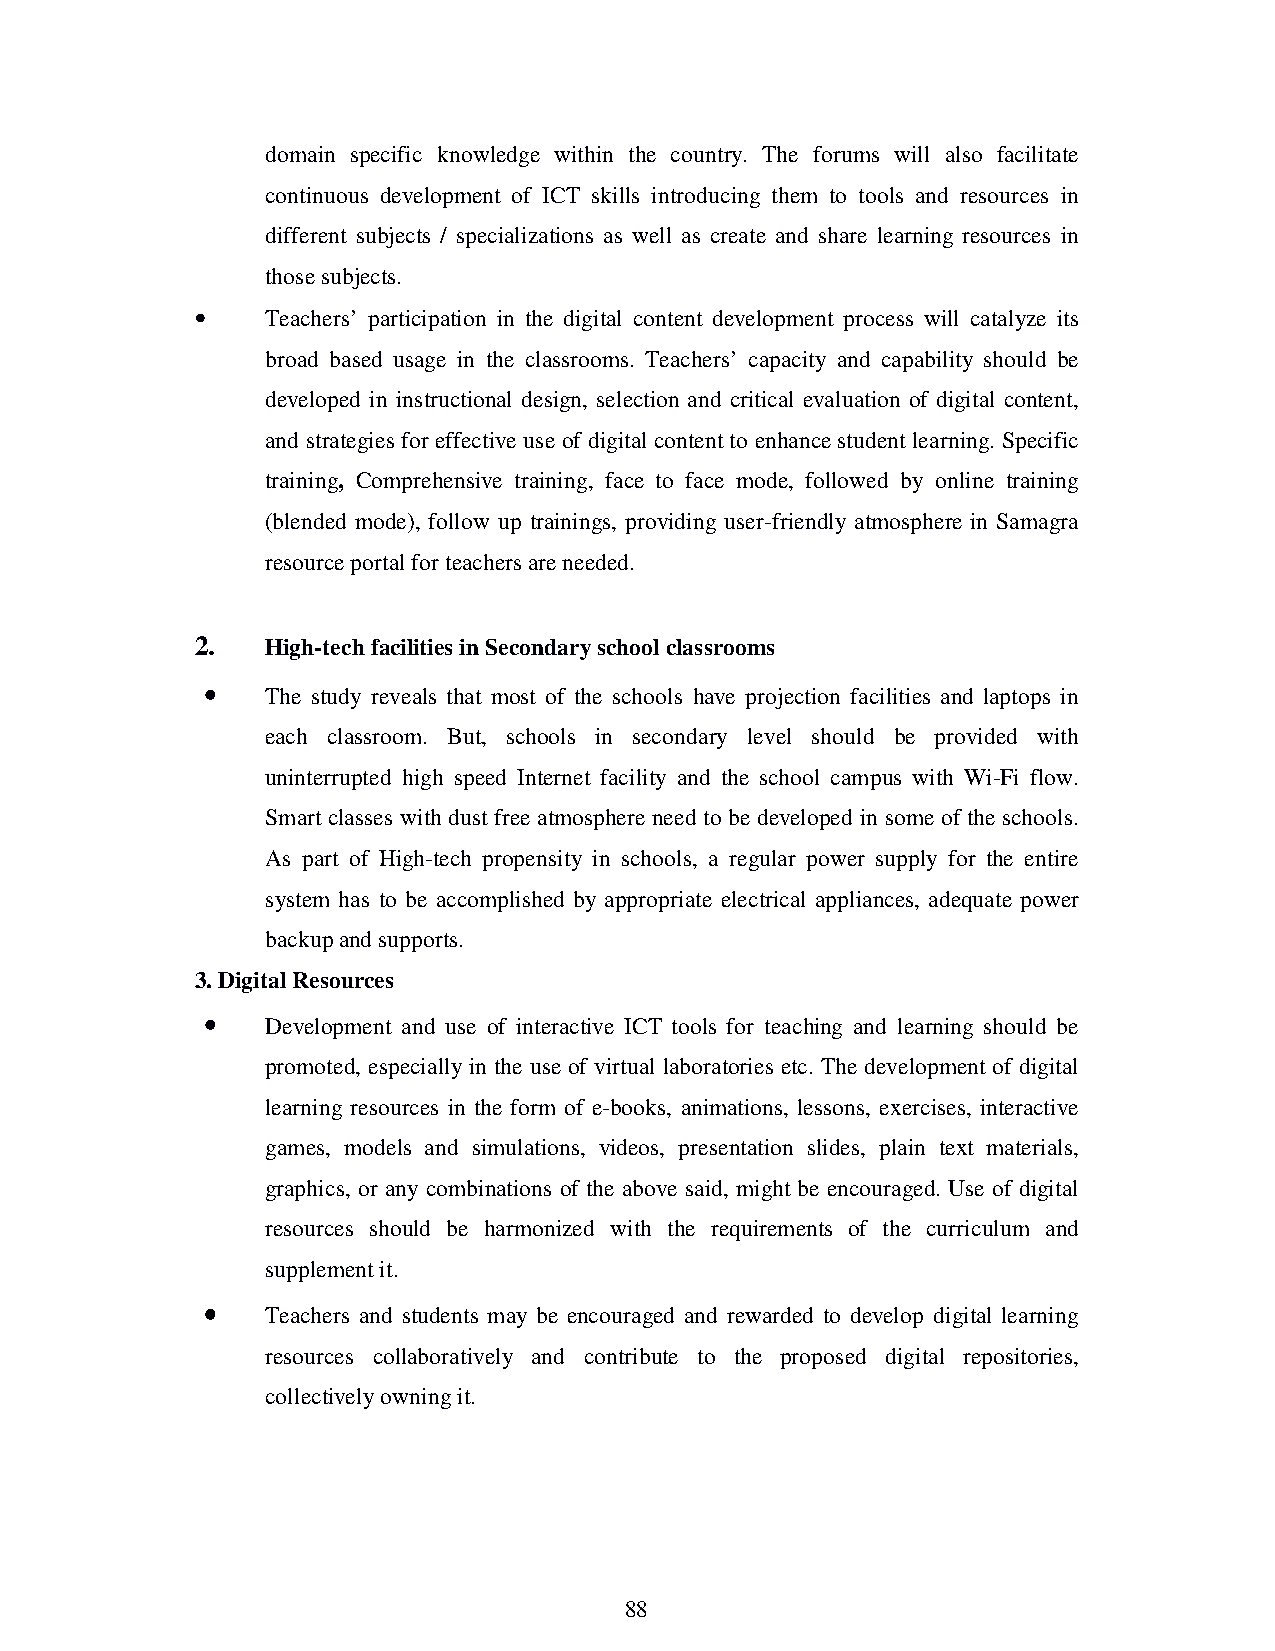
domain specific knowledge within the country. The forums will also facilitate
 continuous development of ICT skills introducing them to tools and resources in
 different subjects / specializations as well as create and share learning resources in
 those subjects.
 •    Teachers’ participation in the digital content development process will catalyze its
 broad based usage in the classrooms. Teachers’ capacity and capability should be
 developed in instructional design, selection and critical evaluation of digital content,
 and strategies for effective use of digital content to enhance student learning. Specific
 training, Comprehensive training, face to face mode, followed by online training
 (blended mode), follow up trainings, providing user-friendly atmosphere in Samagra
 resource portal for teachers are needed.
 2.   High-tech facilities in Secondary school classrooms
 ••••
 The study reveals that most of the schools have projection facilities and laptops in
 each classroom. But, schools in secondary level should be provided with
 uninterrupted high speed Internet facility and the school campus with Wi-Fi flow.
 Smart classes with dust free atmosphere need to be developed in some of the schools.
 As part of High-tech propensity in schools, a regular power supply for the entire
 system has to be accomplished by appropriate electrical appliances, adequate power
 backup and supports.
 3. Digital Resources
 ••••
 Development and use of interactive ICT tools for teaching and learning should be
 promoted, especially in the use of virtual laboratories etc. The development of digital
 learning resources in the form of e-books, animations, lessons, exercises, interactive
 games, models and simulations, videos, presentation slides, plain text materials,
 graphics, or any combinations of the above said, might be encouraged. Use of digital
 resources should be harmonized with the requirements of the curriculum and
 supplement it.
 ••••
 Teachers and students may be encouraged and rewarded to develop digital learning
 resources collaboratively and contribute to the proposed digital repositories,
 collectively owning it.
 88